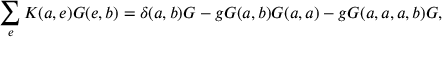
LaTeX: \sum _ { e } K ( a , e ) { \cal G } ( e , b ) = \delta ( a , b ) { \cal G } - g { \cal G } ( a , b ) { \cal G } ( a , a ) - g { \cal G } ( a , a , a , b ) { \cal G } ,